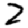
Digit: 2